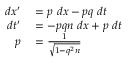
\begin{array} { r l } { d x ^ { \prime } } & { { } = p \ d x - p q \ d t } \\ { d t ^ { \prime } } & { { } = - p q n \ d x + p \ d t } \\ { p } & { { } = { \frac { 1 } { \sqrt { 1 - q ^ { 2 } n } } } } \end{array}